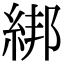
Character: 綁